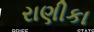
રાણીકા